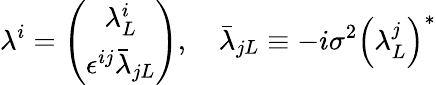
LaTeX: \lambda^{i}=\left(\begin{array}{c}{{\lambda_{L}^{i}}}\\ {{\epsilon^{ij}\bar{\lambda}_{jL}}}\end{array}\right),\quad\bar{\lambda}_{jL}\equiv-i\sigma^{2}\left(\lambda_{L}^{j}\right)^{*}